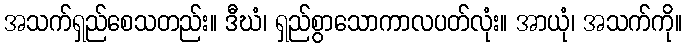
အသက်ရှည်စေသတည်း။ ဒီဃံ၊ ရှည်စွာသောကာလပတ်လုံး။ အာယုံ၊ အသက်ကို။